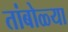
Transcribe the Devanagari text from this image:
तांबोळ्या